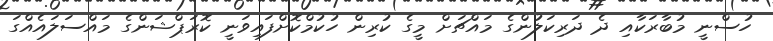
ހުސްނީ މުބާރަކާއި ދެ ދަރިކަލުންގެ މައްޗަށް މީގެ ކުރިން ހުކުމްކޮށްފައިވަނީ ކޮރަޕްޝަންގެ މައްސަލައެއްގަ